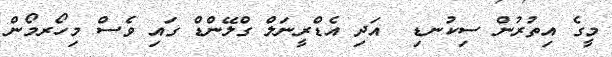
މީގެ އިތުރުން ސިކުނޑި  އަދި އެޑްރީނަލް ގްލޭންޑް ގައި ވެސް މިހޯރމޯން